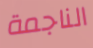
الناجمة